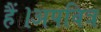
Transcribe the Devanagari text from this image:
हैं।अपवित्र